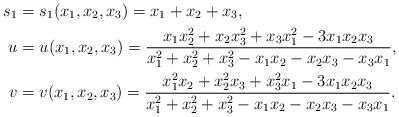
LaTeX: \begin{align*} s_1 &=s_1(x_1,x_2,x_3)= x_1+x_2+x_3, \\ u &=u(x_1,x_2,x_3)= \frac{x_1x_2^2+x_2x_3^2+x_3x_1^2-3x_1x_2x_3}{x_1^2+x_2^2+x_3^2-x_1x_2-x_2x_3-x_3x_1}, \\ v &=v(x_1,x_2,x_3)= \frac{x_1^2x_2+x_2^2x_3+x_3^2x_1-3x_1x_2x_3}{x_1^2+x_2^2+x_3^2-x_1x_2-x_2x_3-x_3x_1}. \end{align*}